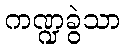
ကဏ္ဍခွဲသာ